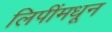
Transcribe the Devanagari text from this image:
लिपींमधून